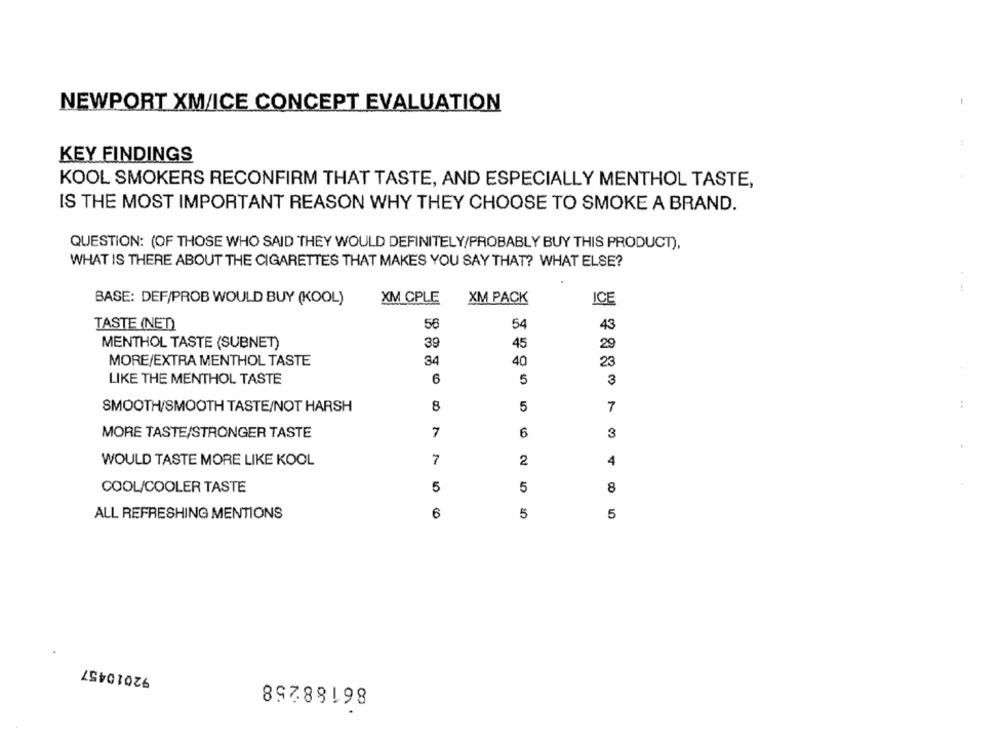
1
NEWPORT XM/ICE CONCEPT EVALUATION
KEY FINDINGS
KOOL SMOKERS RECONFIRM THAT TASTE, AND ESPECIALLY MENTHOL TASTE,
IS THE MOST IMPORTANT REASON WHY THEY CHOOSE TO SMOKE A BRAND.
QUESTION: (OF THOSE WHO SAID THEY WOULD DEFINITELY/PROBABLY BUY THIS PRODUCT),
WHAT IS THERE ABOUT THE CIGARETTES THAT MAKES YOU SAY THAT? WHAT ELSE?
BASE: DEF/PROB WOULD BUY (KOOL)
XM CPLE
XM PACK
ICE
TASTE (NED)
56
54
43
MENTHOL TASTE (SUBNET)
39
45
29
MORE/EXTRA MENTHOL TASTE
34
40
23
6
5
LIKE THE MENTHOL TASTE
3
SMOOTH/SMOOTH TASTE/NOT HARSH
8
5
7
MORE TASTE/STRONGER TASTE
7
6
3
7
2
4
WOULD TASTE MORE LIKE KOOL
COOL/COOLER TASTE
5
5
8
ALL REFRESHING MENTIONS
6
5
5
92010457
86188258